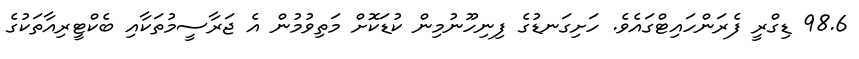
98.6 ޑިގްރީ ފެރަންހައިޓްގައެވެ. ހަށިގަނޑުގެ ފިނިހޫނުމިން ކުޑަކޮށް މަތިވުމުން އެ ޖަރާސީމުތަކާއި ބެކްޓީރިއާތަކުގެ